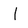
Character: l